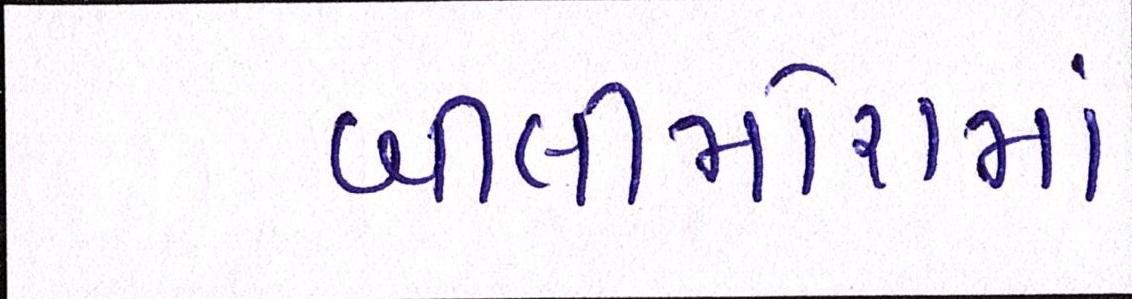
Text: બીલીમોરામાં